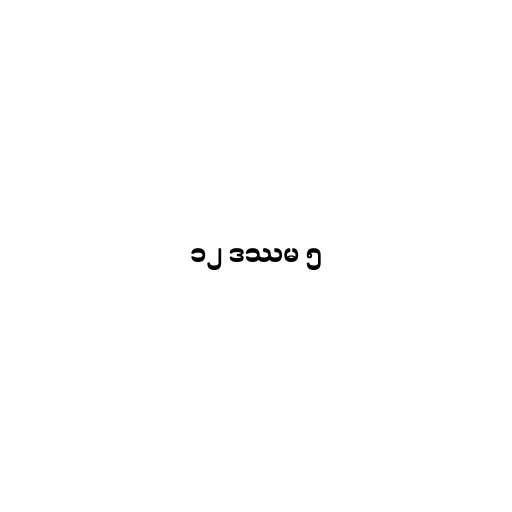
၁၂ ဒဿမ ၅